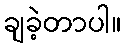
ချခဲ့တာပါ။